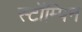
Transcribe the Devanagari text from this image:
स्टॉम्पिन